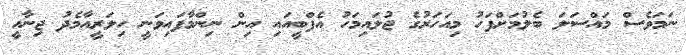
ނަމަވެސް މައްސަލަ ބެލުމަށްފަހު މިއަހަރުގެ ޖުލައިމަހު އެފްބީއައި އިން ނިންމާފައިވަނީ ހިލަރީއާމެދު ޖިނާއީ